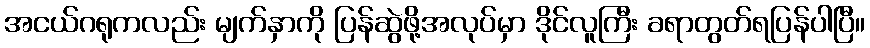
အငယ်ဂရုကလည်း မျက်နှာကို ပြန်ဆွဲဖို့အလုပ်မှာ ဒိုင်လူကြီး ခရာတွတ်ရပြန်ပါပြီ။